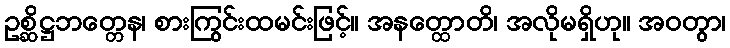
ဥစ္ဆိဋ္ဌဘတ္တေန၊ စားကြွင်းထမင်းဖြင့်။ အနတ္ထောတိ၊ အလိုမရှိဟု။ အဝတွာ၊